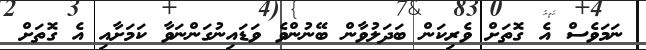
ނަމަވެސް އެ ގޮތަށް ވެރިކަން ބަދަލުވާން ބޭނުންވެ ވަޑައިނުގަންނަވާ ކަމަށާއި އެ ގޮތަށް